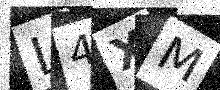
Text: L4XM